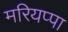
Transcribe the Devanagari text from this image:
मरियप्पा